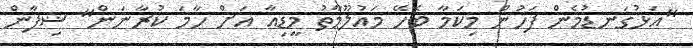
"އަޅުގަނޑުމެން ފަހުން މިކަމާ ބެހޭ މައުލޫމާތު މީޑިއާ އަށް ހާމަ ކުރާނަން" ޝިފާން